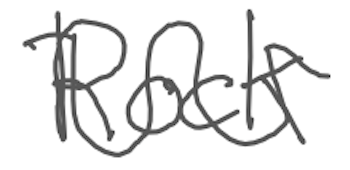
Text: Rock
Cross-out: mix
Writing tool: digital_gray